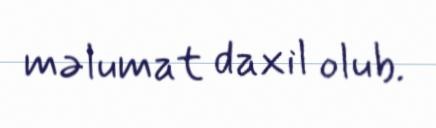
məlumat daxil olub.